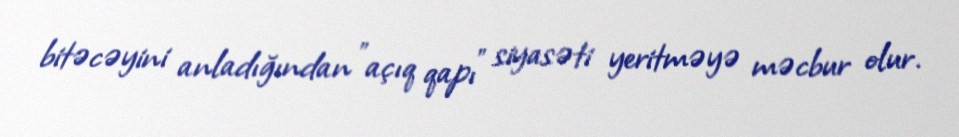
bitəcəyini anladığından "açıq qapı" siyasəti yeritməyə məcbur olur.